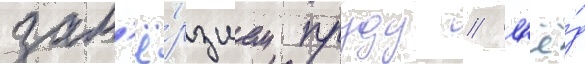
зам'ё́рзшем пруду / л'ё́д